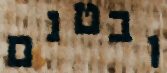
ובטנם